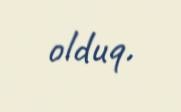
olduq.